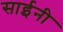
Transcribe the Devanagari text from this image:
साईनी